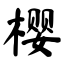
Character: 樱